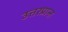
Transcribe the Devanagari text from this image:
उत्तरप्रान्त